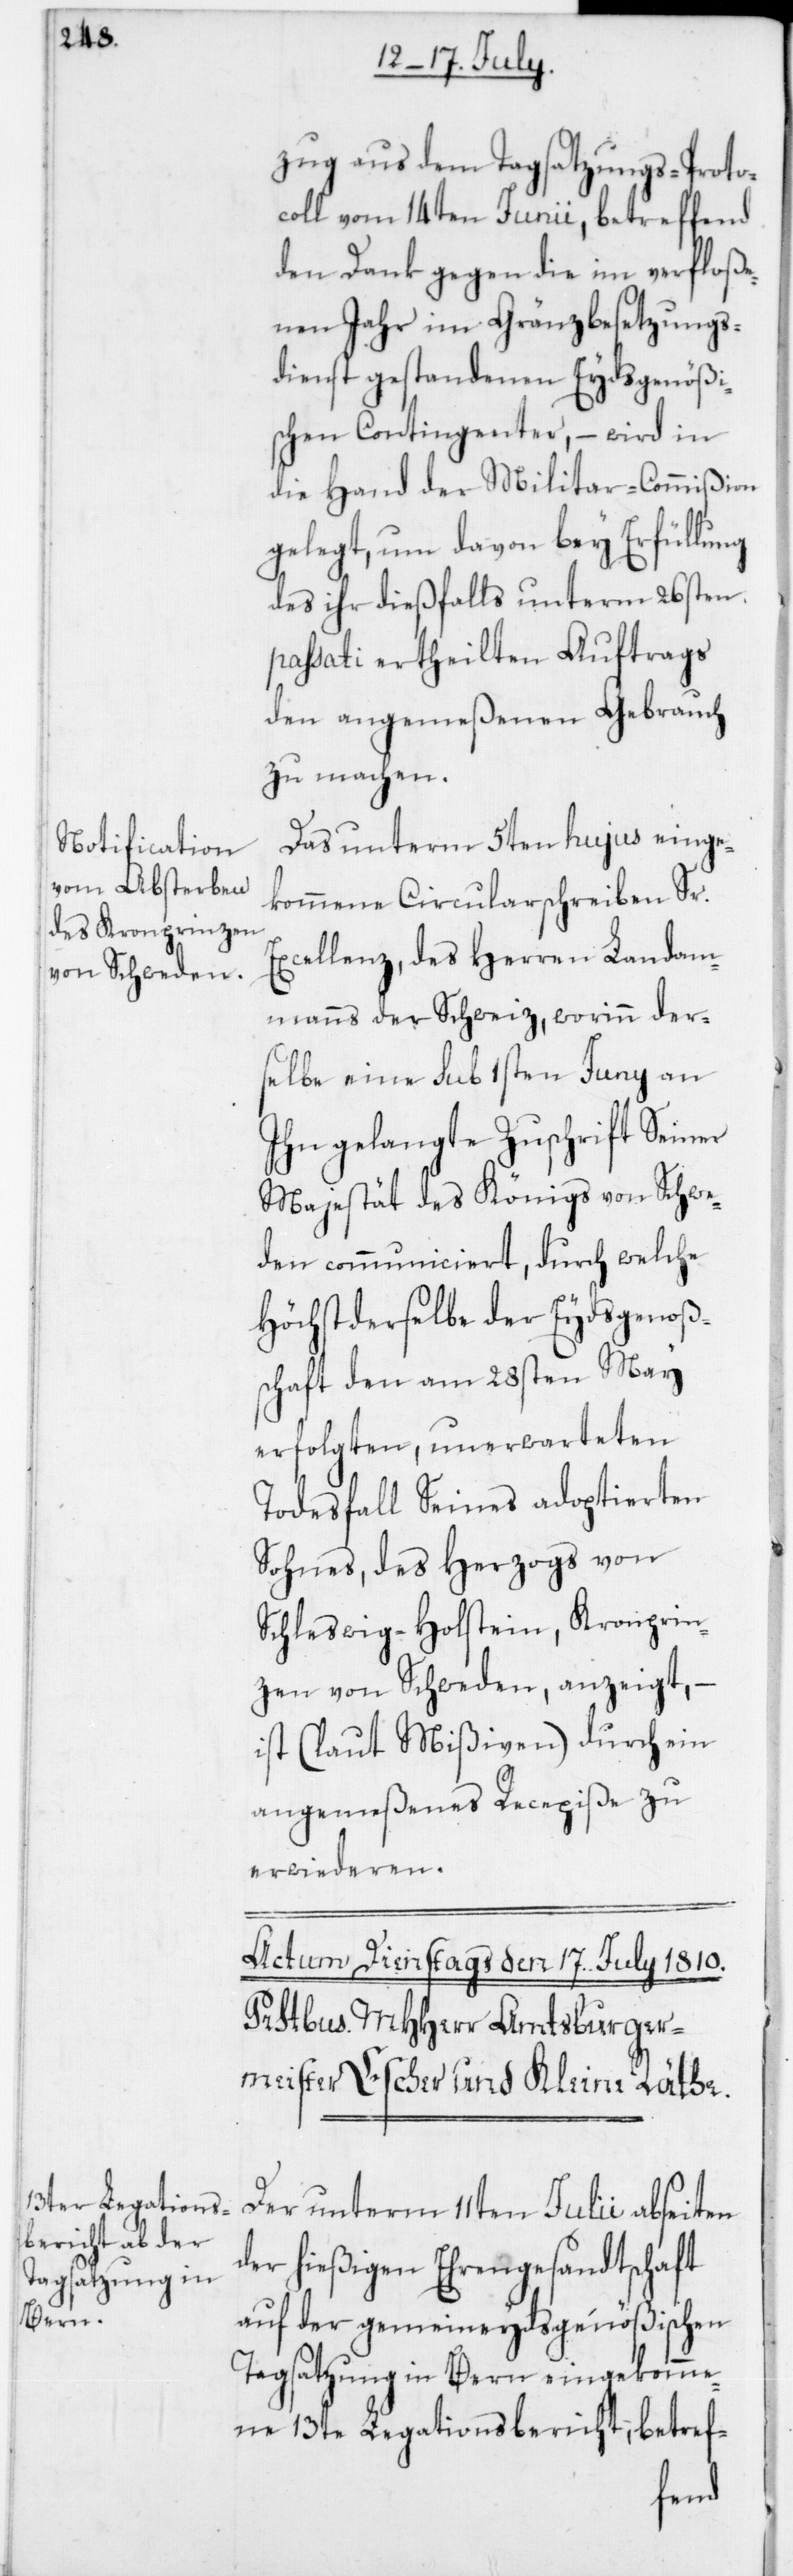
zug aus dem Tagsatzungs-Proto¬
coll vom 14ten Junii, betreffend
den Dank gegen die im verfloße¬
nen Jahr im Gränzbesetzungs¬
dienst gestandenen Eydsgenößi¬
schen Contingenter, – wird in
die Hand der Militar-Commißion
gelegt, um davon bey Erfüllung
des ihr dießfalls unterm 26sten
passati ertheilten Auftrags
den angemeßenen Gebrauch
zu machen.
Das unterm 5ten hujus einge¬
kommene Circularschreiben Sr.
Excellenz des Herren Landam¬
manns der Schweiz, worinn der¬
selbe eine sub 1sten Juny an
ihn gelangte Zuschrift Seiner
Majestät des Königs von Schwe¬
den communiciert, durch welche
Höchstderselbe der Eydsgenoß¬
schaft den am 28sten May
erfolgten, unerwarteten
Todesfall Seines adoptierten
Sohnes, des Herzogs von
Schleswig-Holstein, Kronprin¬
zen von Schweden, anzeigt, –
ist (laut Mißiven) durch ein
angemeßenes Recepiße zu
erwiederen.
Der unterm 11ten Julii abseiten
der hießigen Ehrengesandtschaft
auf der gemeineydsgenößischen
Tagsatzung in Bern eingekomme¬
ne 13te Legationsbericht, betref-
en¬